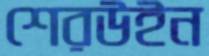
শেরউইন